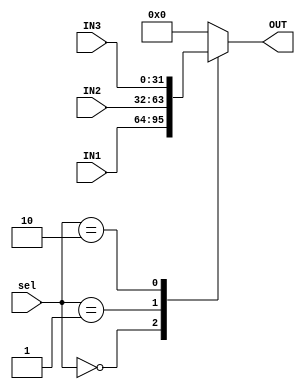
module Four_In_Mux(
    input [31:0] IN1,
    input [31:0] IN2,
    input [31:0] IN3,
    input [1:0]  sel,
    output reg [31:0] OUT      
);

always @(*) begin
    OUT = 32'b0;
    case(sel)
    2'b00: OUT = IN1;
    2'b01: OUT = IN2;
    2'b10: OUT = IN3;
    default: OUT = 32'b0;
    endcase
end
endmodule